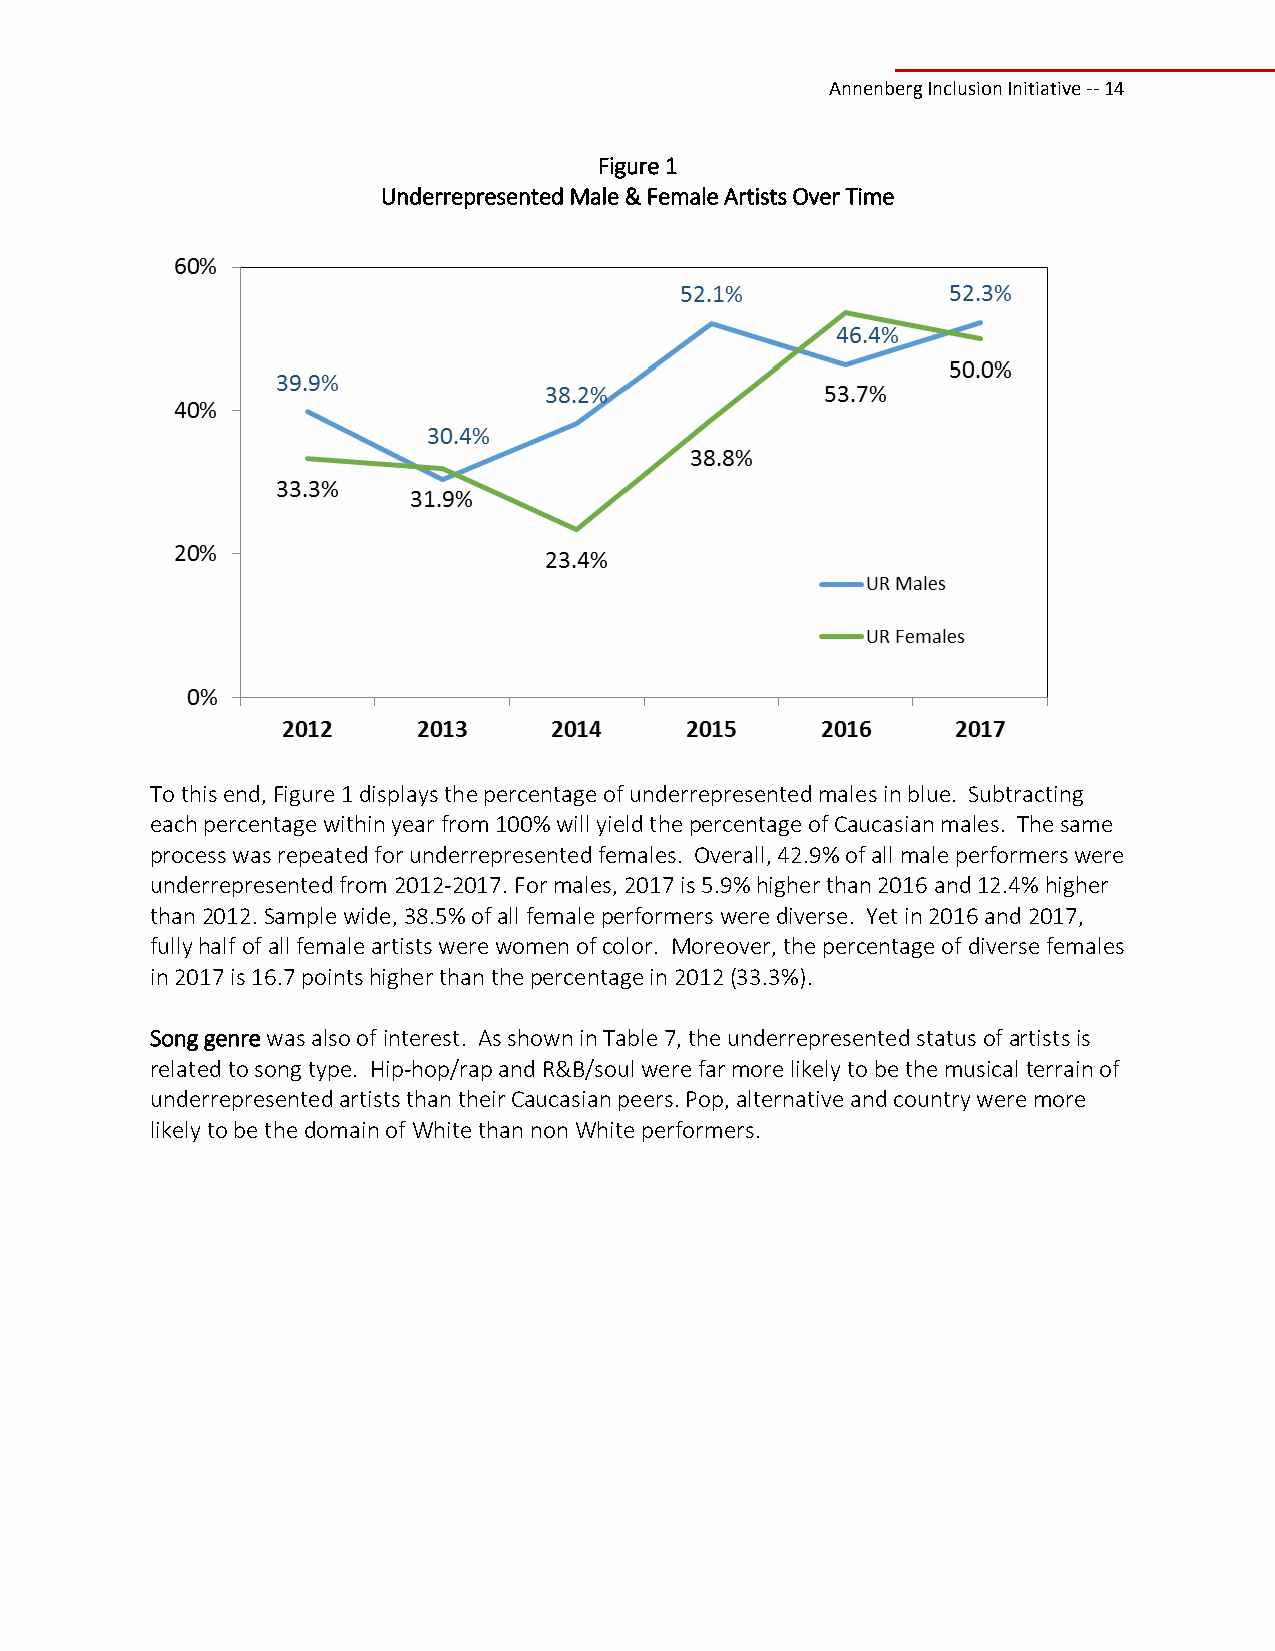
Annenberg Inclusion Initiative ‐‐ 14
 Figure 1
 Underrepresented Male & Female Artists Over Time
 To this end, Figure 1 displays the percentage of underrepresented males in blue. Subtracting
 each percentage within year from 100% will yield the percentage of Caucasian males. The same
 process was repeated for underrepresented females. Overall, 42.9% of all male performers were
 underrepresented from 2012‐2017. For males, 2017 is 5.9% higher than 2016 and 12.4% higher
 than 2012. Sample wide, 38.5% of all female performers were diverse. Yet in 2016 and 2017,
 fully half of all female artists were women of color. Moreover, the percentage of diverse females
 in 2017 is 16.7 points higher than the percentage in 2012 (33.3%).
 Song genre was also of interest. As shown in Table 7, the underrepresented status of artists is
 related to song type. Hip‐hop/rap and R&B/soul were far more likely to be the musical terrain of
 underrepresented artists than their Caucasian peers. Pop, alternative and country were more
 likely to be the domain of White than non White performers.